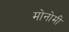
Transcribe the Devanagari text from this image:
मोनोमी